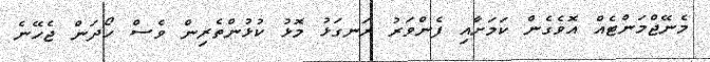
މެނޭޖްމަންޓެއް އޮވެގެން ކަމަށާއި ފެންވަރު ރަނގަޅު މޮޅު ކުޅުންތެރިން ވެސް ހޯދަން ޖެހޭނެ